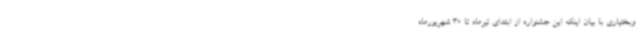
‌وبختیاری با بیان اینکه این جشنواره از ابتدای تیرماه تا 30 شهریورماه